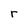
Character: r